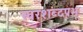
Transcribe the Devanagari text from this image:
स्वरशब्दप्रभू